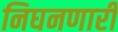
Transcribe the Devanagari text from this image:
निघनणारी